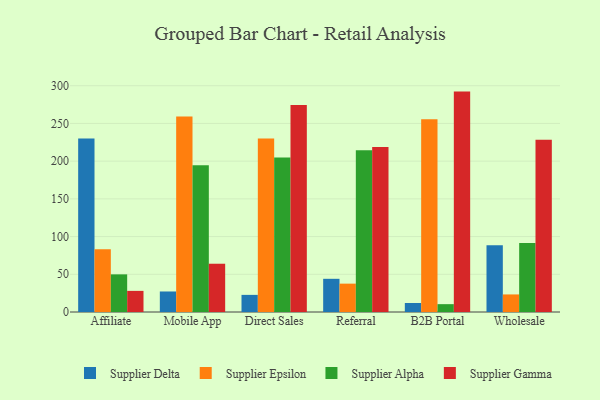
{"axis": {"x": "Channel", "y": "Bounce Rate (%)"}, "legend": ["Supplier Alpha", "Supplier Delta", "Supplier Epsilon", "Supplier Gamma"], "data": [{"x": "Affiliate", "y": 229.9, "type": "Supplier Delta"}, {"x": "Affiliate", "y": 83.2, "type": "Supplier Epsilon"}, {"x": "Affiliate", "y": 49.9, "type": "Supplier Alpha"}, {"x": "Affiliate", "y": 28.0, "type": "Supplier Gamma"}, {"x": "Mobile App", "y": 27.2, "type": "Supplier Delta"}, {"x": "Mobile App", "y": 259.1, "type": "Supplier Epsilon"}, {"x": "Mobile App", "y": 194.5, "type": "Supplier Alpha"}, {"x": "Mobile App", "y": 64.0, "type": "Supplier Gamma"}, {"x": "Direct Sales", "y": 22.7, "type": "Supplier Delta"}, {"x": "Direct Sales", "y": 230.0, "type": "Supplier Epsilon"}, {"x": "Direct Sales", "y": 204.9, "type": "Supplier Alpha"}, {"x": "Direct Sales", "y": 274.4, "type": "Supplier Gamma"}, {"x": "Referral", "y": 44.0, "type": "Supplier Delta"}, {"x": "Referral", "y": 37.6, "type": "Supplier Epsilon"}, {"x": "Referral", "y": 214.6, "type": "Supplier Alpha"}, {"x": "Referral", "y": 218.8, "type": "Supplier Gamma"}, {"x": "B2B Portal", "y": 11.9, "type": "Supplier Delta"}, {"x": "B2B Portal", "y": 255.4, "type": "Supplier Epsilon"}, {"x": "B2B Portal", "y": 10.4, "type": "Supplier Alpha"}, {"x": "B2B Portal", "y": 292.2, "type": "Supplier Gamma"}, {"x": "Wholesale", "y": 88.4, "type": "Supplier Delta"}, {"x": "Wholesale", "y": 23.3, "type": "Supplier Epsilon"}, {"x": "Wholesale", "y": 91.4, "type": "Supplier Alpha"}, {"x": "Wholesale", "y": 228.5, "type": "Supplier Gamma"}]}